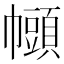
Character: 𫷒